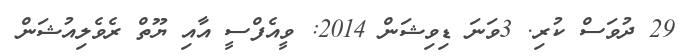
29 ދުވަސް ކުރި. 3ވަނަ ޑިވިޝަން 2014: ވީއެފްސީ އާއި ޔޫތް ރެވެލިއުޝަން